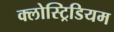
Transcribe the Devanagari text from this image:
क्लोस्ट्रिडियम